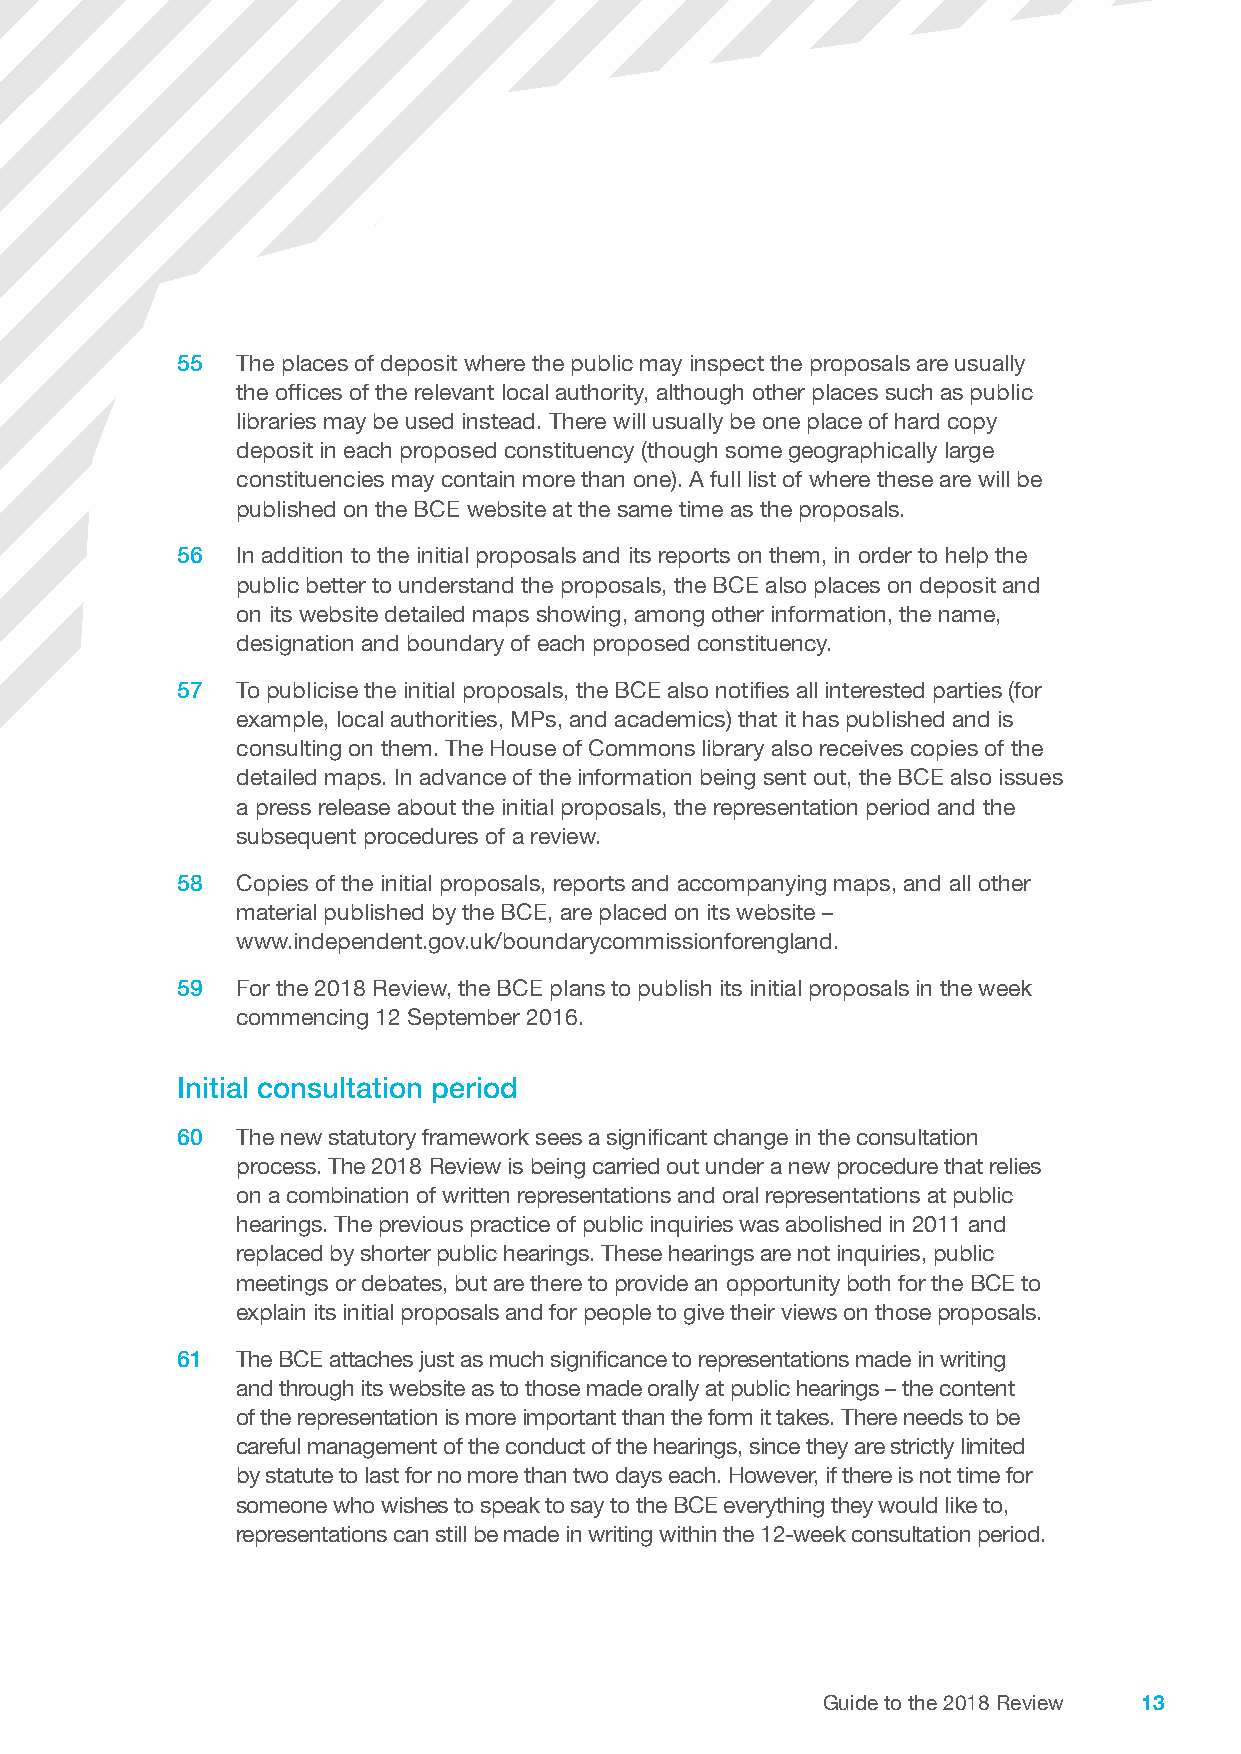
55  The places of deposit where the public may inspect the proposals are usually
 the offices of the relevant local authority, although other places such as public
 libraries may be used instead. There will usually be one place of hard copy
 deposit in each proposed constituency (though some geographically large
 constituencies may contain more than one). A full list of where these are will be
 published on the BCE website at the same time as the proposals.
 56  In addition to the initial proposals and its reports on them, in order to help the
 public better to understand the proposals, the BCE also places on deposit and
 on its website detailed maps showing, among other information, the name,
 designation and boundary of each proposed constituency.
 57  To publicise the initial proposals, the BCE also notifies all interested parties (for
 example, local authorities, MPs, and academics) that it has published and is
 consulting on them. The House of Commons library also receives copies of the
 detailed maps. In advance of the information being sent out, the BCE also issues
 a press release about the initial proposals, the representation period and the
 subsequent procedures of a review.
 58  Copies of the initial proposals, reports and accompanying maps, and all other
 material published by the BCE, are placed on its website –
 www.independent.gov.uk/boundarycommissionforengland.
 59  For the 2018 Review, the BCE plans to publish its initial proposals in the week
 commencing 12 September 2016.
 Initial consultation period
 60  The new statutory framework sees a significant change in the consultation
 process. The 2018 Review is being carried out under a new procedure that relies
 on a combination of written representations and oral representations at public
 hearings. The previous practice of public inquiries was abolished in 2011 and
 replaced by shorter public hearings. These hearings are not inquiries, public
 meetings or debates, but are there to provide an opportunity both for the BCE to
 explain its initial proposals and for people to give their views on those proposals.
 61  The BCE attaches just as much significance to representations made in writing
 and through its website as to those made orally at public hearings – the content
 of the representation is more important than the form it takes. There needs to be
 careful management of the conduct of the hearings, since they are strictly limited
 by statute to last for no more than two days each. However, if there is not time for
 someone who wishes to speak to say to the BCE everything they would like to,
 representations can still be made in writing within the 12-week consultation period.
 Guide to the 2018 Review 13